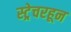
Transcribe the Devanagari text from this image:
स्ट्रेचरहून